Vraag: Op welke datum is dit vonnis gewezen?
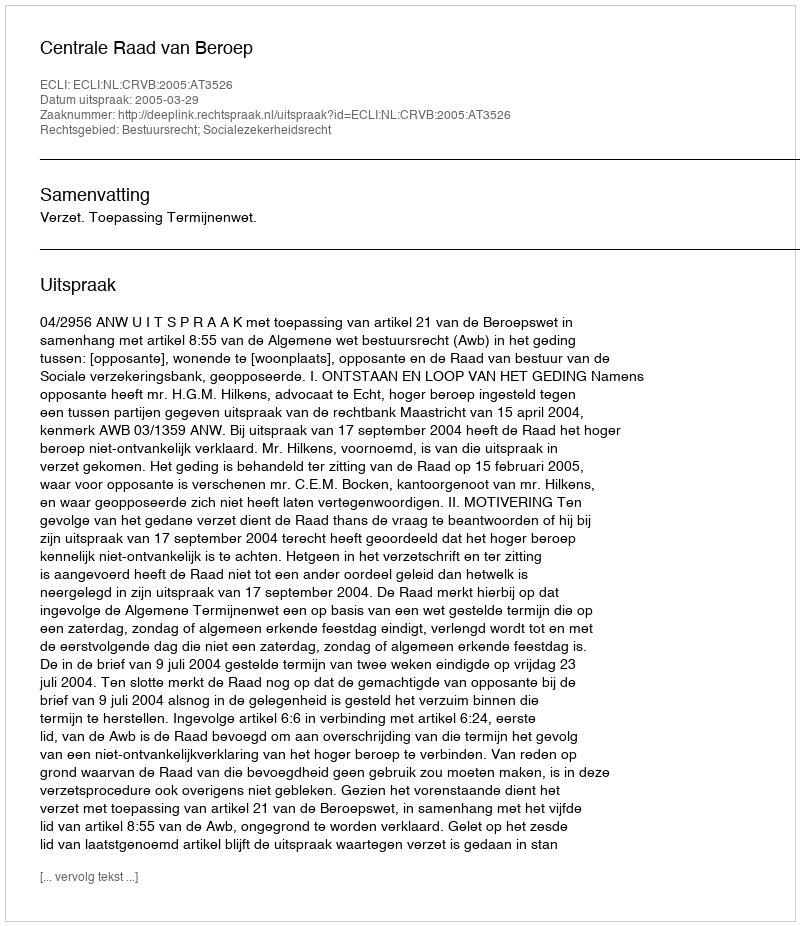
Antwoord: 2005-03-29